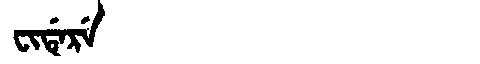
Manchu: ᠸᡳᡩᡝᡵᡝ
Romanization: FIDERE